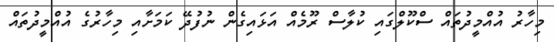
މިހާރު އުއްމީދުތައް ސްކޫލްގައި ކުލާސް ރޫމެއް އަޅައިގެން ނުފުދޭ ކަމަށާއި މިހާރުގެ އުއްމީދުތައް